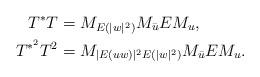
LaTeX: \begin{align*}T^{\ast}T&=M_{E(|w|^2)}M_{\bar{u}}EM_{u},\\T^{\ast^2}T^2&=M_{|E(uw)|^{2}E(|w|^2)}M_{\bar{u}}EM_{u}.\end{align*}